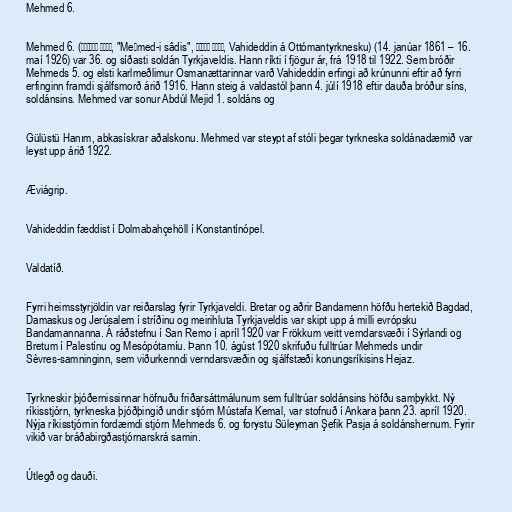
Mehmed 6.

Mehmed 6. (محمد السادس, "Meḥmed-i sâdis", وحيد الدين, Vahideddin á Ottómantyrknesku) (14. janúar 1861 – 16.
maí 1926) var 36. og síðasti soldán Tyrkjaveldis. Hann ríkti í fjögur ár, frá 1918 til 1922. Sem bróðir
Mehmeds 5. og elsti karlmeðlimur Osmanættarinnar varð Vahideddin erfingi að krúnunni eftir að fyrri
erfinginn framdi sjálfsmorð árið 1916. Hann steig á valdastól þann 4. júlí 1918 eftir dauða bróður síns,
soldánsins. Mehmed var sonur Abdúl Mejid 1. soldáns og

Gülüstü Hanım, abkasískrar aðalskonu. Mehmed var steypt af stóli þegar tyrkneska soldánadæmið var
leyst upp árið 1922.

Æviágrip.

Vahideddin fæddist í Dolmabahçehöll í Konstantínópel.

Valdatíð.

Fyrri heimsstyrjöldin var reiðarslag fyrir Tyrkjaveldi. Bretar og aðrir Bandamenn höfðu hertekið Bagdad,
Damaskus og Jerúsalem í stríðinu og meirihluta Tyrkjaveldis var skipt upp á milli evrópsku
Bandamannanna. Á ráðstefnu í San Remo í apríl 1920 var Frökkum veitt verndarsvæði í Sýrlandi og
Bretum í Palestínu og Mesópótamíu. Þann 10. ágúst 1920 skrifuðu fulltrúar Mehmeds undir
Sèvres-samninginn, sem viðurkenndi verndarsvæðin og sjálfstæði konungsríkisins Hejaz.

Tyrkneskir þjóðernissinnar höfnuðu friðarsáttmálunum sem fulltrúar soldánsins höfðu samþykkt. Ný
ríkisstjórn, tyrkneska þjóðþingið undir stjórn Mústafa Kemal, var stofnuð í Ankara þann 23. apríl 1920.
Nýja ríkisstjórnin fordæmdi stjórn Mehmeds 6. og forystu Süleyman Şefik Pasja á soldánshernum. Fyrir
vikið var bráðabirgðastjórnarskrá samin.

Útlegð og dauði.